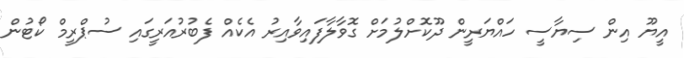
އީޔޫ އިން ސިޔާސީ ހައްޔަރީން ދޫކޮށްލުމަށް ގޮވާލާފައިވާއިރު އެކެއް ފެބުރުއަރީގައި ސުޕްރީމް ކޯޓުން